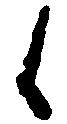
候